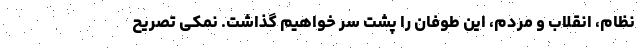
نظام، انقلاب و مردم، این طوفان را پشت سر خواهیم گذاشت. نمکی تصریح